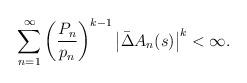
LaTeX: \begin{align*}\sum_{n=1}^{\infty}\left(\frac{P_{n}}{p_{n}}\right)^{k-1} \left|\bar{\Delta}A_{n}(s)\right|^{k}<\infty.\end{align*}